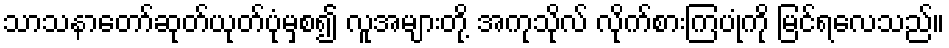
သာသနာတော်ဆုတ်ယုတ်ပုံမှစ၍ လူအများတို့ အကုသိုလ် လိုက်စားကြပုံကို မြင်ရလေသည်။